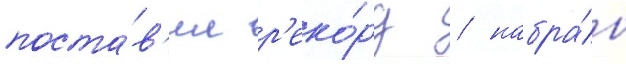
поста́в'ил р'еко́рд / набра́в